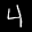
Label: 4